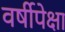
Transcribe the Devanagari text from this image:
वर्षीपेक्षा